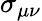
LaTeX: \sigma_{\mu\nu}